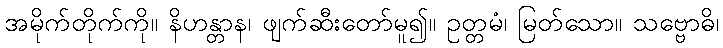
အမိုက်တိုက်ကို။ နိဟန္တာန၊ ဖျက်ဆီးတော်မူ၍။ ဥတ္တမံ၊ မြတ်သော။ သဗ္ဗောဓိ၊